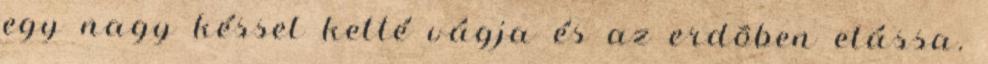
egy nagy késsel ketté vágja és az erdõben elássa.